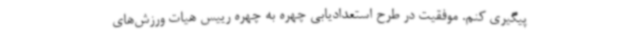
پیگیری کنم. موفقیت در طرح استعدادیابی چهره به چهره رییس هیات ورزش‌های